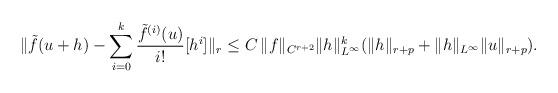
LaTeX: \begin{align*}\lVert \tilde{f}(u+h)-\sum_{i=0}^k \frac{\tilde{f}^{(i)}(u)}{i!}[h^i] \rVert_r\le C\,\lVert f \rVert_{C^{r+2}}\lVert h \rVert^k_{L^{\infty}}(\lVert h \rVert_{r+p}+\lVert h \rVert_{L^{\infty}}\lVert u \rVert_{r+p}).\end{align*}